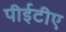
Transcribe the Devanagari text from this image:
पीईटीए